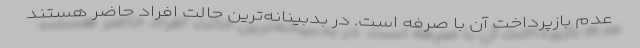
عدم بازپرداخت آن با صرفه است. در بدبینانه‌ترین حالت افراد حاضر هستند